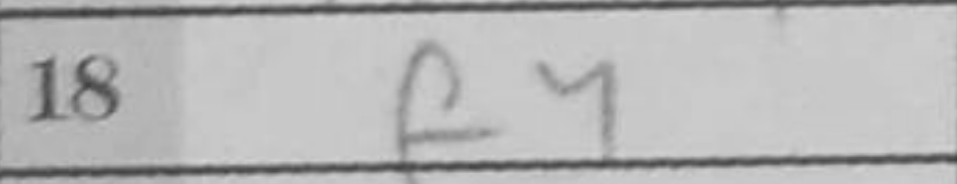
Transcription: f4